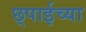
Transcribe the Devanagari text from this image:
छ्पाईच्या